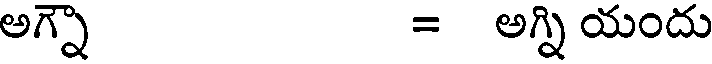
అగ్నా = అన్ని యందు